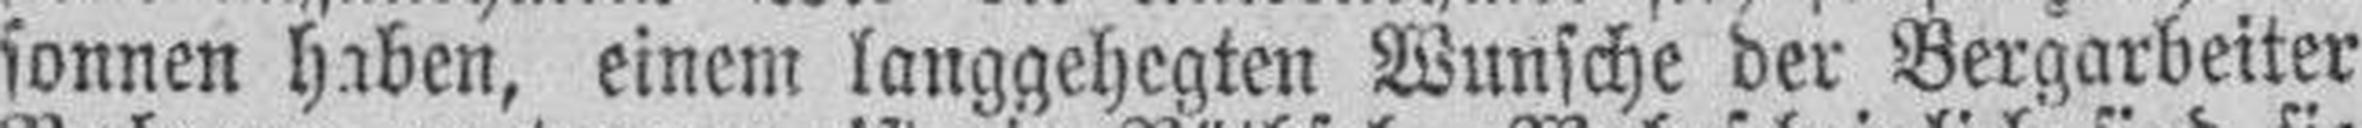
sonnen haben, einem langgehegten Wunsche der Bergarbeiter